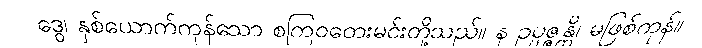
ဒွေ၊ နှစ်ယောက်ကုန်သော စကြဝတေးမင်းတို့သည်။ န ဥပ္ပဇ္ဇန္တိ၊ မဖြစ်ကုန်။